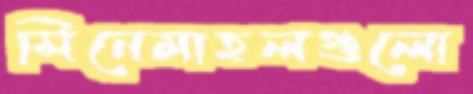
সিনেমাহলগুলো